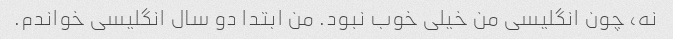
نه، چون انگلیسی من خیلی خوب نبود. من ابتدا دو سال انگلیسی خواندم.